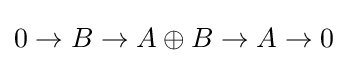
0\to B\to A\oplus B\to A\to 0